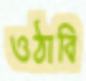
ওঠাবি